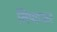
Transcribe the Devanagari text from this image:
लिप्यान्तर